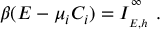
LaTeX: \beta ( E - \mu _ { i } C _ { i } ) = I _ { \phantom { } _ { E , h } } ^ { \phantom { } ^ { \infty } } \ .